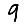
Digit: 9